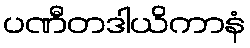
ပဏီတဒါယိကာနံ